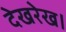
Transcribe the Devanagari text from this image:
देखरेख।